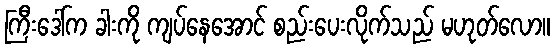
ကြီးဒေါ်က ခါးကို ကျပ်နေအောင် စည်းပေးလိုက်သည် မဟုတ်လော။